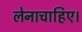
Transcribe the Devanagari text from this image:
लेनाचाहिए।